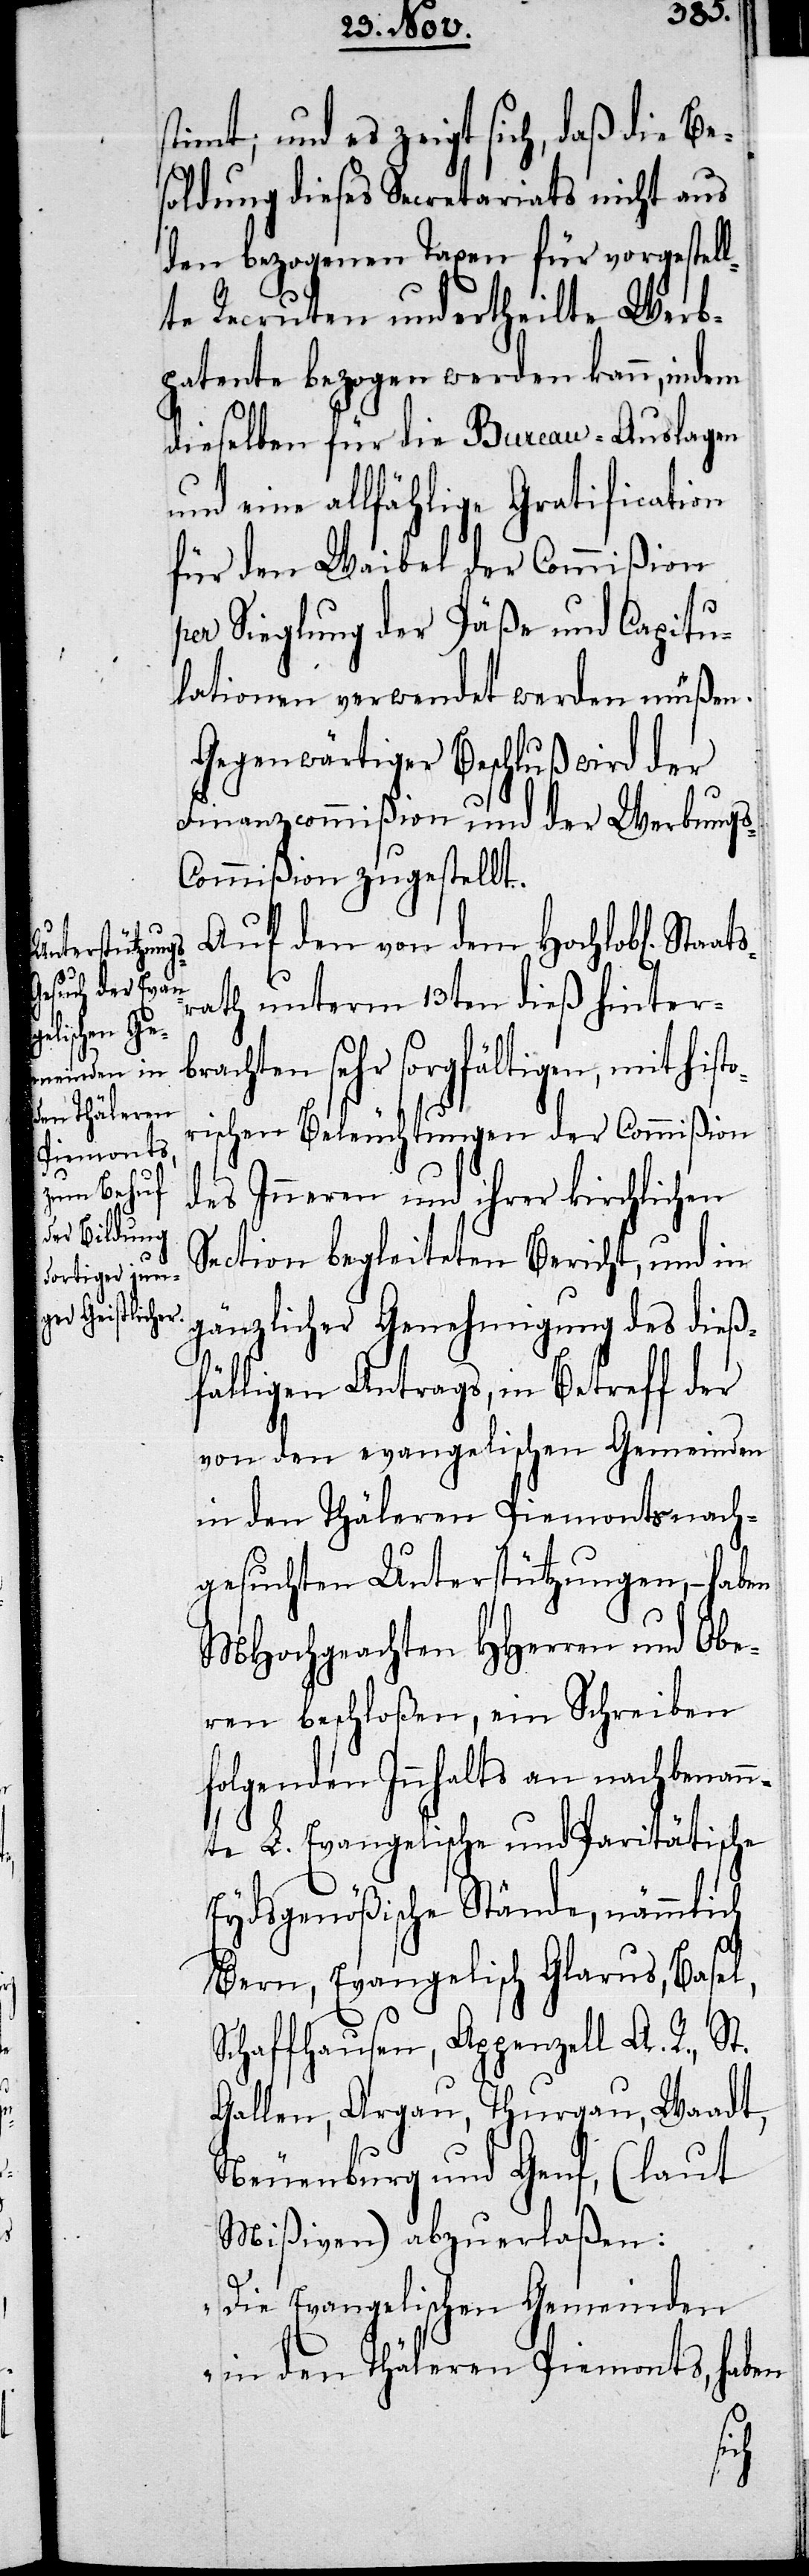
timmt; und es zeigt sich, daß die Be¬
soldung dieses Secretariats nicht aus
den bezogenen Taxen für vorgestel¬
lte Recruten und ertheilte Werb¬
patente bezogen werden kann, indem
dieselben für die Bureau-Auslagen
und eine allfählige Gratification
für den Weibel der Commißion
per Sieglung der Päße und Capitu¬
lationen verwendet werden müßen.
Gegenwärtiger Beschluß wird der
Finanzcommißion und der Werbung¬
s-Commißion zugestellt.
Auf den von dem Hochlobl. Staat¬
rath unterm 13ten dieß hinter¬
brachten sehr sorgfältigen, mit histo¬
rischen Beleuchtungen der Commißion
des Inneren und ihrer kirchlichen
Section begleiteten Bericht, und in
gänzlicher Genehmigung des dieß¬
fälligen Antrags, in Betreff der
von den evangelischen Gemeinden
in den Thäleren Piemonts nach¬
gesuchten Unterstützung, – haben
MHochgeachten HHerren und Obe¬
ren beschloßen, ein Schreiben
folgenden Innhalts an nachbenan¬
nte L. Evangelische und Paritätische
Eydsgenößische Stände, nämmlich
Bern, Evangelisch Glarus, Basel,
Schaffhausen, Appenzell A. R., St.
Gallen, Argau, Thurgau, Waadt,
Neuenburg und Genf, (laut
Mißiven) abzuerlaßen:
„Die Evangelischen Gemeinden
in den Thäleren Piemonts, haben
s¬